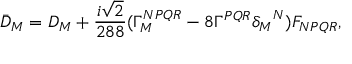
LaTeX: { \bar { D } } _ { M } = D _ { M } + \frac { i \sqrt { 2 } } { 2 8 8 } ( \Gamma _ { M } ^ { N P Q R } - 8 \Gamma ^ { P Q R } { \delta _ { M } } ^ { N } ) F _ { N P Q R } ,